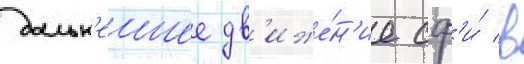
дальн'еишее дв'иже́н'ие сф'и́ в